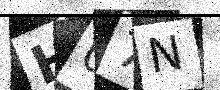
Text: H07N